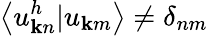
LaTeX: \left<u_{{\mathbf k}n}^{h}|u_{{\mathbf k}m}\right>\ne\delta_{nm}